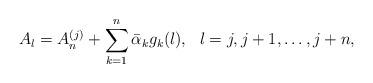
LaTeX: \begin{align*} A_l=A^{(j)}_n+\sum^n_{k=1}\bar{\alpha}_kg_k(l),\ \ l=j,j+1,\ldots,j+n,\end{align*}